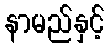
နာမည်နှင့်